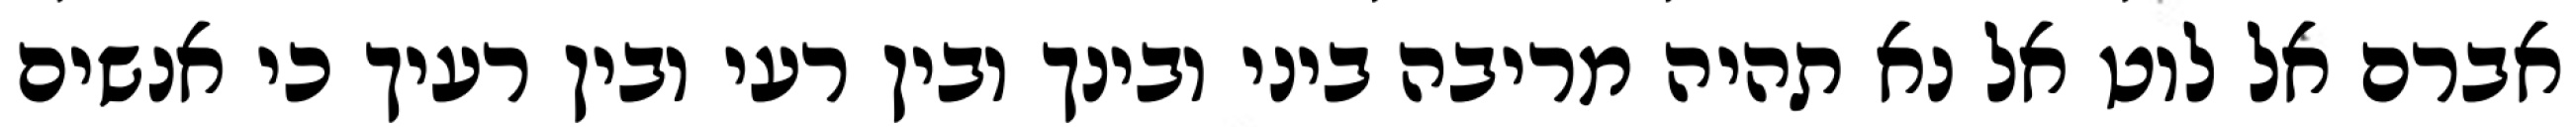
אברם אל לוט אל נא תהיה מריבה ביני ובינך ובין רעי ובין רעיך כי אנשים